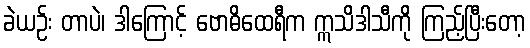
ခဲယဉ်း တာပဲ၊ ဒါကြောင့် ဗောဓိထေရီက ဣသိဒါသီကို ကြည့်ပြီးတော့